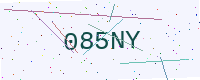
Text: 085NY